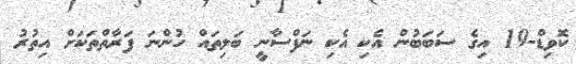
ކޮވިޑް-19 އިގެ ސަބަބުން އެކި އެކި ނަފްސާނީ ބަލިތައް ހުންނަ ފަރާތްތަކަށް އިތުރު